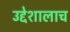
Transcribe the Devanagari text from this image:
उद्देशालाच